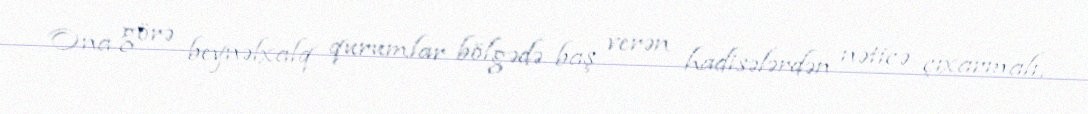
Ona görə beynəlxalq qurumlar bölgədə baş verən hadisələrdən nəticə çıxarmalı,